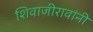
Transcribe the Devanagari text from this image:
शिवाजीरावांनी